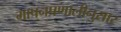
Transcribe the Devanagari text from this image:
मापनप्रणालीनुसार